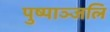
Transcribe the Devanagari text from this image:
पुष्पाञ्जलि